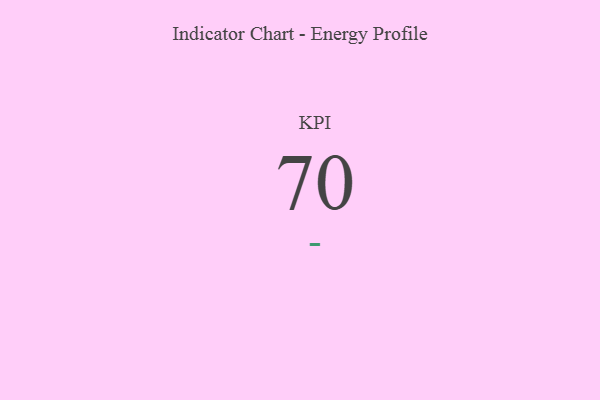
{"axis": {"x": "KPI", "y": "Value"}, "legend": [""], "data": [{"x": "KPI", "y": 70, "type": ""}]}